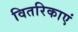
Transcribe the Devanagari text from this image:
वितरिकाएं